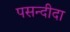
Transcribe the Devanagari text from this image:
पसन्‍दीदा